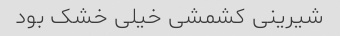
شیرینی کشمشی خیلی خشک بود